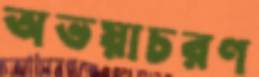
অভয়াচরণ